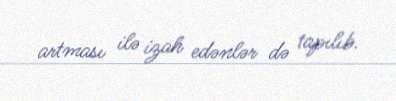
artması ilə izah edənlər də tapılıb.